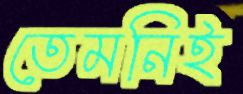
তেমনিই